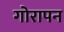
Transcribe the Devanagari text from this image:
गोरापन